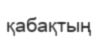
қабақтың